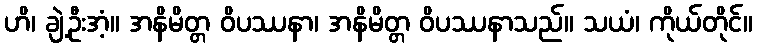
ဟိ၊ ချဲ့ဦးအံ့။ အနိမိတ္တ ဝိပဿနာ၊ အနိမိတ္တ ဝိပဿနာသည်။ သယံ၊ ကိုယ်တိုင်။